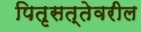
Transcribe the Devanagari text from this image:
पितृसत्तेवरील